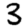
Digit: 3